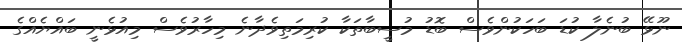
ނޫޅޭ ބުނެލާ ކުޑަ ބަހަކުންވެސް ބޮޑު މުސީބާތަކާ ކުރިމަތިވެދާނެ މިހާރުވެސް މިއުޅެނީ ބައްޔެއްގެ